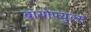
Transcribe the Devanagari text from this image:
बायोफ्युल्स